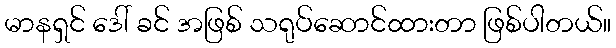
မာနရှင် ဒေါ် ခင် အဖြစ် သရုပ်ဆောင်ထားတာ ဖြစ်ပါတယ်။